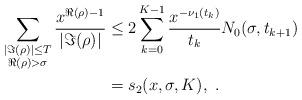
LaTeX: \begin{align*} \sum_{\substack{|\Im(\rho)| \leq T \\ \Re(\rho) > \sigma}}\frac{x^{\Re(\rho) - 1}}{|\Im(\rho)|} &\leq 2\sum_{k = 0}^{K -1}\frac{x^{-\nu_1\left(t_k\right)}}{t_k}N_0(\sigma, t_{k+1})\\ &=s_2(x,\sigma,K),\ .\end{align*}